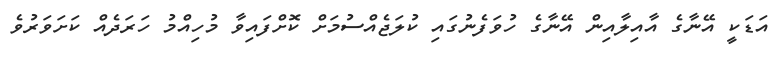
އަޑަކީ އޭނާގެ އާއިލާއިން އޭނާގެ ހުވަފެނުގައި ކުލަޖެއްސުމަށް ކޮށްފައިވާ މުހިއްމު ހަރަދެެއް ކަށަވަރުވެ